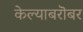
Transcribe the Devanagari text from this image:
केल्याबरॊबर